画像に写った文字を読んでください
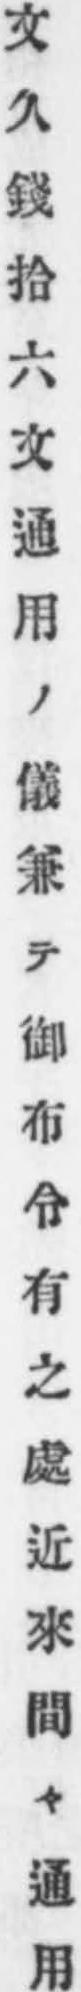
「文久錢拾六文通用ノ儀兼テ御布令有之處近來間々通用」と書いてあります